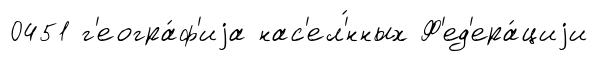
0451 г'еогра́ф'иjа нас'ел'́нных Ф'ед'ера́циjи